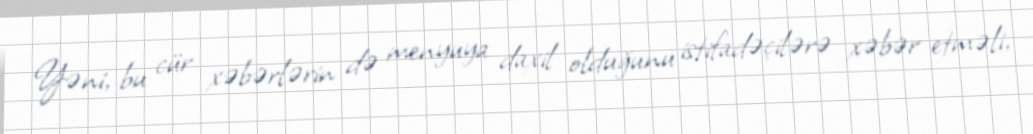
Yəni, bu cür xəbərlərin də menyuya daxil olduğunu istifadəçilərə xəbər etməli,